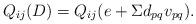
LaTeX: \begin{align*}Q_{ij}(D) = Q_{ij} (e + \Sigma d_{pq}v_{pq}).\end{align*}